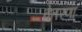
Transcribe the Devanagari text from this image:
वेतरणा